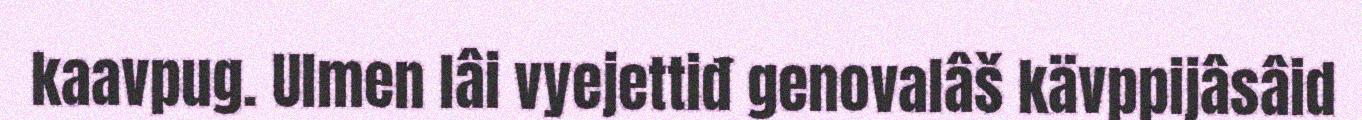
kaavpug. Ulmen lâi vyejettiđ genovalâš kävppijâsâid